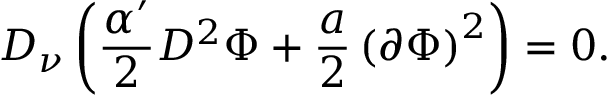
D _ { \nu } \left( \frac { \alpha ^ { \prime } } { 2 } D ^ { 2 } \Phi + \frac { a } { 2 } \left( \partial \Phi \right) ^ { 2 } \right) = 0 .